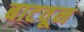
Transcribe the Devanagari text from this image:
बाटवून